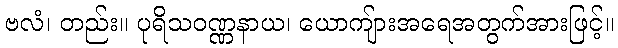
ဗလံ၊ တည်း။ ပုရိသဝဏ္ဏနာယ၊ ယောကျ်ားအရေအတွက်အားဖြင့်။